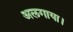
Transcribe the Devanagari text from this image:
अलगाया।